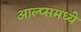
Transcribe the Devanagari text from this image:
आल्प्समध्ये